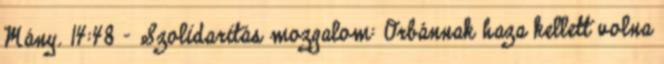
Mány. 14:48 - Szolidaritás mozgalom: Orbánnak haza kellett volna